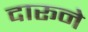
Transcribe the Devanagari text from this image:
दारूने